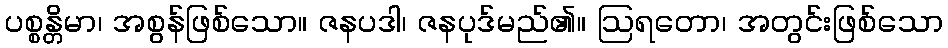
ပစ္စန္တိမာ၊ အစွန်ဖြစ်သော။ ဇနပဒါ၊ ဇနပုဒ်မည်၏။ ဩရတော၊ အတွင်းဖြစ်သော